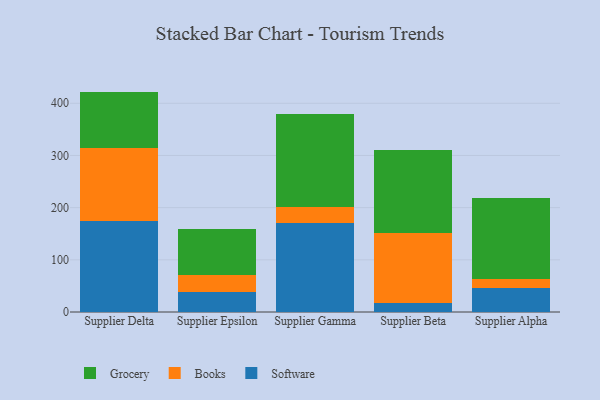
{"axis": {"x": "Supplier", "y": "Net Income (USD K)"}, "legend": ["Books", "Grocery", "Software"], "data": [{"x": "Supplier Delta", "y": 174.5, "type": "Software"}, {"x": "Supplier Delta", "y": 140.1, "type": "Books"}, {"x": "Supplier Delta", "y": 107.8, "type": "Grocery"}, {"x": "Supplier Epsilon", "y": 37.6, "type": "Software"}, {"x": "Supplier Epsilon", "y": 32.5, "type": "Books"}, {"x": "Supplier Epsilon", "y": 89.3, "type": "Grocery"}, {"x": "Supplier Gamma", "y": 170.3, "type": "Software"}, {"x": "Supplier Gamma", "y": 30.2, "type": "Books"}, {"x": "Supplier Gamma", "y": 178.6, "type": "Grocery"}, {"x": "Supplier Beta", "y": 17.6, "type": "Software"}, {"x": "Supplier Beta", "y": 134.6, "type": "Books"}, {"x": "Supplier Beta", "y": 157.8, "type": "Grocery"}, {"x": "Supplier Alpha", "y": 45.5, "type": "Software"}, {"x": "Supplier Alpha", "y": 17.1, "type": "Books"}, {"x": "Supplier Alpha", "y": 156.4, "type": "Grocery"}]}